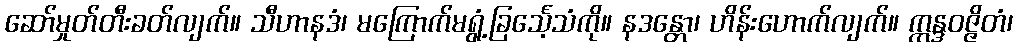
ဆော်မှုတ်တီးခတ်လျက်။ သီဟာနဒံ၊ မကြောက်မရွံ့ခြင်္သေ့သံကို။ နဒန္တော၊ ဟိန်းဟောက်လျက်။ ဣန္ဒဝဇ္ဇိတံ၊